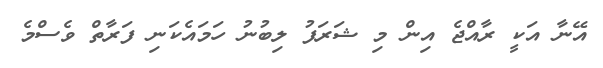
އޭނާ އަކީ ރާއްޖެ އިން މި ޝަރަފު ލިބުނު ހަމައެކަނި ފަރާތް ވެސްމެ